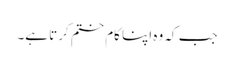
جب کہ وہ اپنا کام ختم کرتا ہے۔